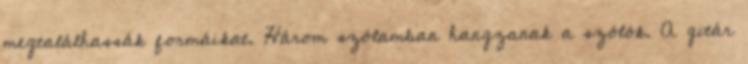
megtalálhassák formáikat. Három szólamban hangzanak a szólók. A gitár